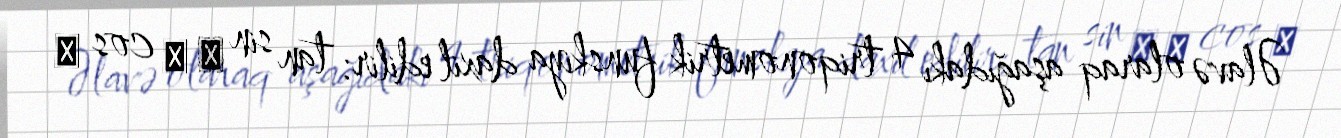
Əlavə olaraq aşağıdakı 4 triqonometrik funskiya daxil edilir: tan sin ⁡ α cos ⁡